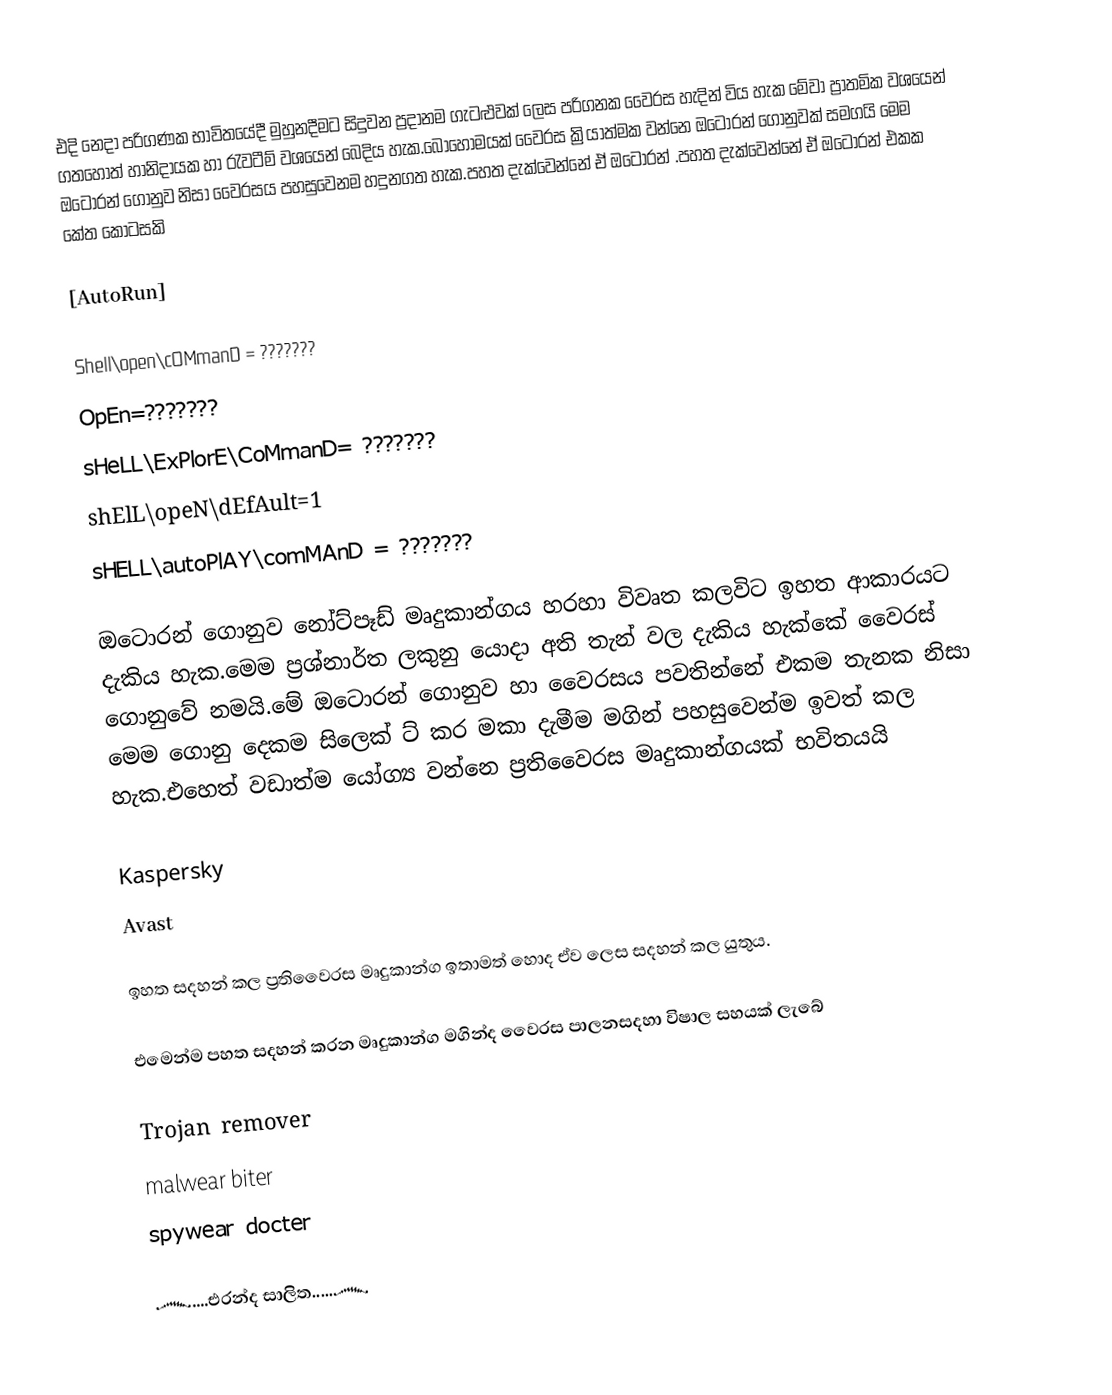
එදි නෙදා පරිගණක භාවිතයේදී මුහුනදීමට සිදුවන ප්‍රදානම ගැටළුවක් ලෙස පරිගනක වෛරස හැදින් විය හැක මේවා ප්‍රාතමික වශයෙන් ගතහොත් හානිදායක හා රැවටීම් වශයෙන් බෙදිය හැක.බොහෝමයක් වෛරස ක්‍රියාත්මක වන්නෙ ඔටෝරන් ගොනුවක් සමගයි මෙම ඔටොරන් ගොනුව නිසා වෛරසය පහසුවෙනම හදුනගත හැක.පහත දැක්වෙන්නේ ඒ ඔටොරන් .පහත දැක්වෙන්නේ ඒ ඔටොරන් එකක කේත කොටසකි

[AutoRun]

Shell\open\cOMmanD = ???????
OpEn=???????
sHeLL\ExPlorE\CoMmanD= ???????
shElL\opeN\dEfAult=1
sHELL\autoPlAY\comMAnD = ???????

ඔටොරන් ගොනුව නෝට්පෑඩ් මෘදුකාන්ගය හරහා විවෘත කලවිට ඉහත ආකාරයට දැකිය හැක.මෙම ප්‍රශ්නාර්ත ලකුනු යොදා අති තැන් වල දැකිය හැක්කේ වෛරස් ගොනුවේ නමයි.මේ ඔටොරන් ගොනුව හා වෛරසය පවතින්නේ එකම තැනක නිසා මෙම ගොනු දෙකම සිලෙක් ට් කර මකා දැමීම මගින් පහසුවෙන්ම ඉවත් කල හැක.එහෙත් වඩාත්ම යෝග්‍ය වන්නෙ ප්‍රතිවෛරස මෘදුකාන්ගයක් භවිතයයි

Kaspersky
Avast

ඉහත සදහන් කල ප්‍රතිවෛරස මෘදුකාන්ග ඉතාමත් හොද ඒව ලෙස සදහන් කල යුතුය.

එමෙන්ම පහත සදහන් කරන මෘදුකාන්ග මගින්ද වෛරස පාලනසදහා විෂාල සහයක් ලැබේ

Trojan remover
malwear biter
spywear docter

෴....එරන්ද සාලිත.....෴